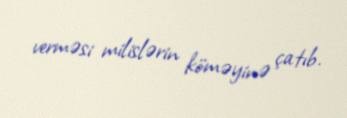
verməsi milislərin köməyinə çatıb.